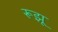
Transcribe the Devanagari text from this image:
रूझू